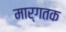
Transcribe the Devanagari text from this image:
मार्गतक